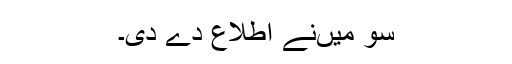
سو میںنے اطلاع دے دی۔